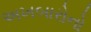
અખબારોનો